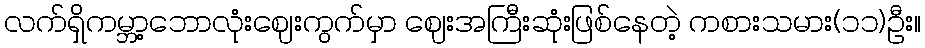
လက်ရှိကမ္ဘာ့ဘောလုံးဈေးကွက်မှာ ဈေးအကြီးဆုံးဖြစ်နေတဲ့ ကစားသမား(၁၁)ဦး။